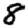
Digit: 8